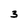
Character: 3